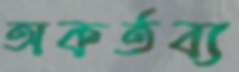
অকর্তব্য